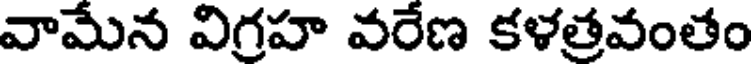
వామేన విగ్రహ వరేణ కళత్రవంతం